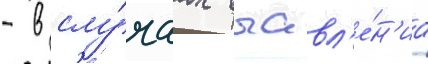
- в слу́чаах выавл'е́н'иа